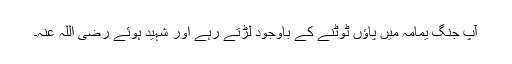
آپ جنگ یمامہ میں پاؤں ٹوٹنے کے باوجود لڑتے رہے اور شہید ہوئے رضی اللہ عنہ۔